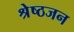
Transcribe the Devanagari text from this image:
श्रेष्‍ठजन